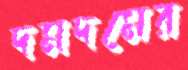
দমদমের